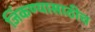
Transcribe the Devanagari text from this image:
जिंकण्यासाठीच